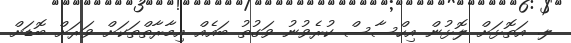
ލ. އަތޮޅަށް ލޮޅުން އިހްސާސް ކުރެވުނު ވަގުތު ބައެއް އިމާރާތްތަކަށް ވަރަށް ބޮޑަށް